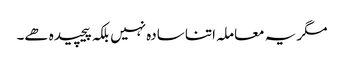
مگر یہ معاملہ اتنا سادہ نہیں بلکہ پیچیدہ ھے۔